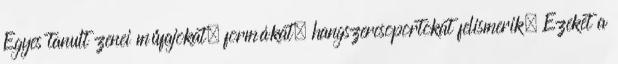
Egyes tanult zenei műfajokat, formákat, hangszercsoportokat felismerik. Ezeket a